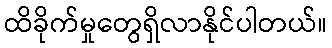
ထိခိုက်မှုတွေရှိလာနိုင်ပါတယ်။